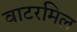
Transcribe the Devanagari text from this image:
वाटरमिल